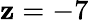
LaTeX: \mathbf{z}=-7